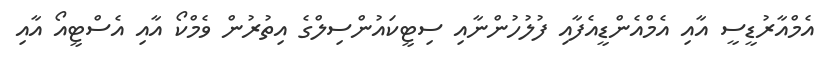
އެމްއާރުޑީސީ އާއި އެމްއެންޑީއެފާއި ފުލުހުންނާއި ސިޓީކައުންސިލްގެ އިތުރުން ވެމްކޯ އާއި އެސްޓީއޯ އާއި